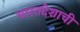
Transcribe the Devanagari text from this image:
भारतदेशाची